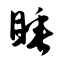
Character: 睡